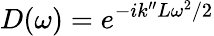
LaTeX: D(\omega)=e^{-ik^{\prime\prime}L\omega^{2}/2}